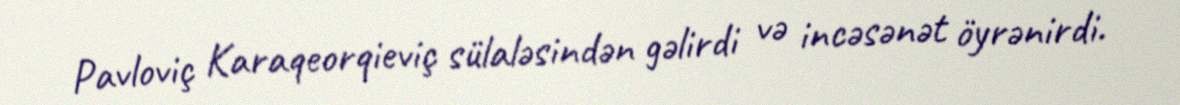
Pavloviç Karaqeorqieviç sülaləsindən gəlirdi və incəsənət öyrənirdi.